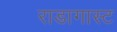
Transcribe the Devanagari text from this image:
राडागास्ट